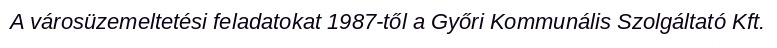
A városüzemeltetési feladatokat 1987-től a Győri Kommunális Szolgáltató Kft.